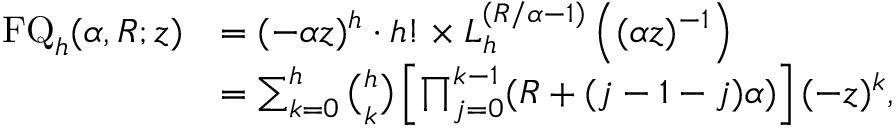
{ \begin{array} { r l } { \operatorname { F Q } _ { h } ( \alpha , R ; z ) } & { = ( - \alpha z ) ^ { h } \cdot h ! \times L _ { h } ^ { \left( R / \alpha - 1 \right) } \left( ( \alpha z ) ^ { - 1 } \right) } \\ & { = \sum _ { k = 0 } ^ { h } { \binom { h } { k } } \left[ \prod _ { j = 0 } ^ { k - 1 } ( R + ( j - 1 - j ) \alpha ) \right] ( - z ) ^ { k } , } \end{array} }